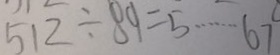
5 1 2 \div 8 9 = 5 \cdots 6 7